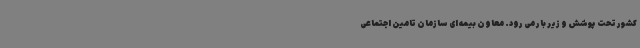
کشور تحت پوشش و زیر بار می رود. معاون بیمه ای سازمان تامین اجتماعی